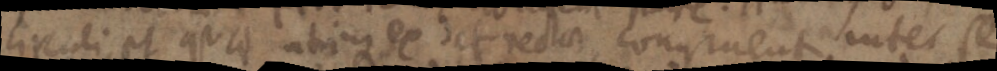
circuli, et qu_ utrique ex et rectae congruent inter se